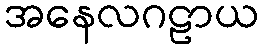
အနေလဂဠာယ